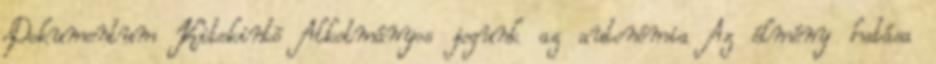
Dokumentum Kitekintõ Alkotmányos jogunk az autonómia Az élmény hatása